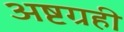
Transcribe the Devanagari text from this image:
अष्टग्रही